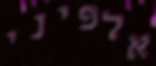
אלפיני